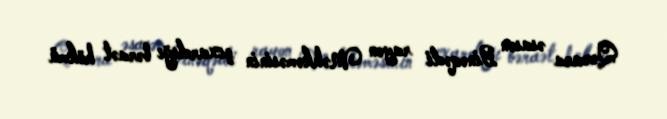
Qərara əsasən Binəqədi rayon Məhkəməsinin çıxardığı bəraət hökmü